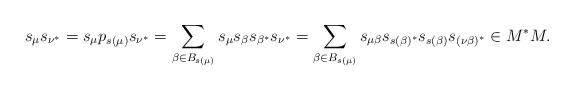
LaTeX: \begin{align*}s_{\mu}s_{\nu^*}=s_{\mu}p_{s(\mu)}s_{\nu^*}=\sum_{\beta \in B_{s(\mu)}} s_{\mu}s_{\beta}s_{\beta^*}s_{\nu^*}=\sum_{\beta \in B_{s(\mu)}} s_{\mu \beta}s_{s(\beta)^*}s_{s(\beta)}s_{(\nu \beta)^*} \in M^*M.\end{align*}